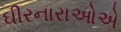
ઘીરનારાઓએ